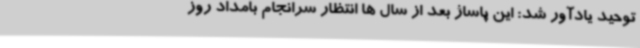
توحید یادآور شد: این پاساژ بعد از سال ها انتظار سرانجام بامداد روز